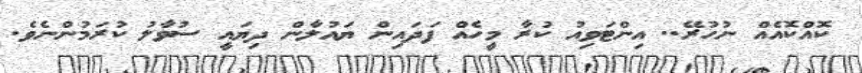
ކޮއްކޮއެއް ނުހުރޭ.. އިންޓަވިއު ކުރާ މީހެއް ފަދައިން ޔައުލާން ދިޔައީ ސުވާލު ކުރަމުންނެވެ.